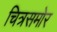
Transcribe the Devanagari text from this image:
चित्रसमोर